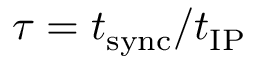
\tau = t _ { \mathrm { s y n c } } / t _ { \mathrm { I P } }